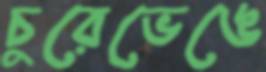
চুরেভেঙে